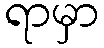
ရာမှာ